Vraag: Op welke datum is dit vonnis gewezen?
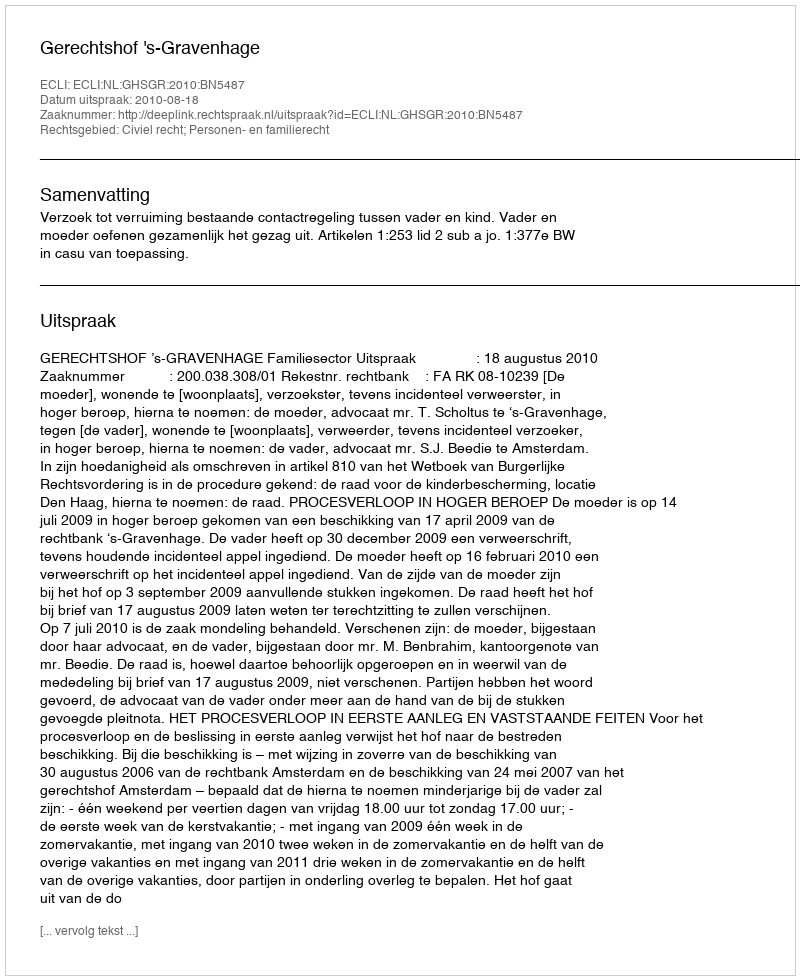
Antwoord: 2010-08-18